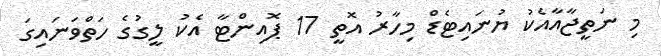
މި ނަތީޖާއާއެކު ޔުނައިޓެޑް މިހާރު އޮތީ 17 ޕޮއިންޓާ އެކު ލީގުގެ ހަތްވަނައިގަ